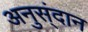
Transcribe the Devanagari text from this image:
अनुस्ंदान